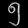
Digit: ၅